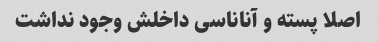
اصلا پسته و آناناسی داخلش وجود نداشت